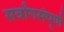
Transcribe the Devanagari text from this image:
सर्वांगसंपूर्ण